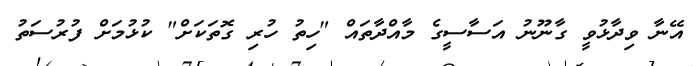
އޭނާ ވިދާޅުވީ ގާނޫނު އަސާސީގެ މާއްދާތައް "ހިތު ހުރި ގޮތަކަށް" ކުޅުމަށް ފުރުސަތު